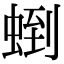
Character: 𧌼